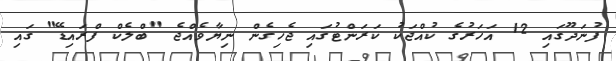
ފުނަދޫގައި 12 އަހަރުގެ ކުއްޖަކު ކަރަންޓުގައި ޖެހިގެން ނިޔާވެއްޖެ "ބްލެކް ފްރައިޑޭ" ގައި